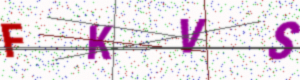
Text: FKVS